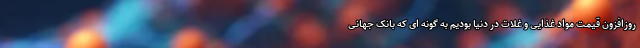
روزافزون قیمت مواد غذایی و غلات در دنیا بودیم به گونه ای که بانک جهانی